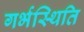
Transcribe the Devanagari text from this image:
गर्भस्थिति